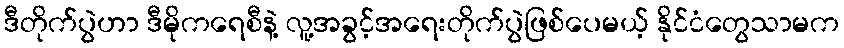
ဒီတိုက်ပွဲဟာ ဒီမိုကရေစီနဲ့ လူ့အခွင့်အရေးတိုက်ပွဲဖြစ်ပေမယ့် နိုင်ငံတွေသာမက